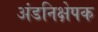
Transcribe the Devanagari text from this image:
अंडनिक्षेपक